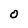
Character: 0